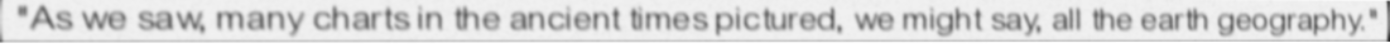
"As we saw, many charts in the ancient times pictured, we might say, all the earth geography."